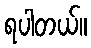
ရပါတယ်။